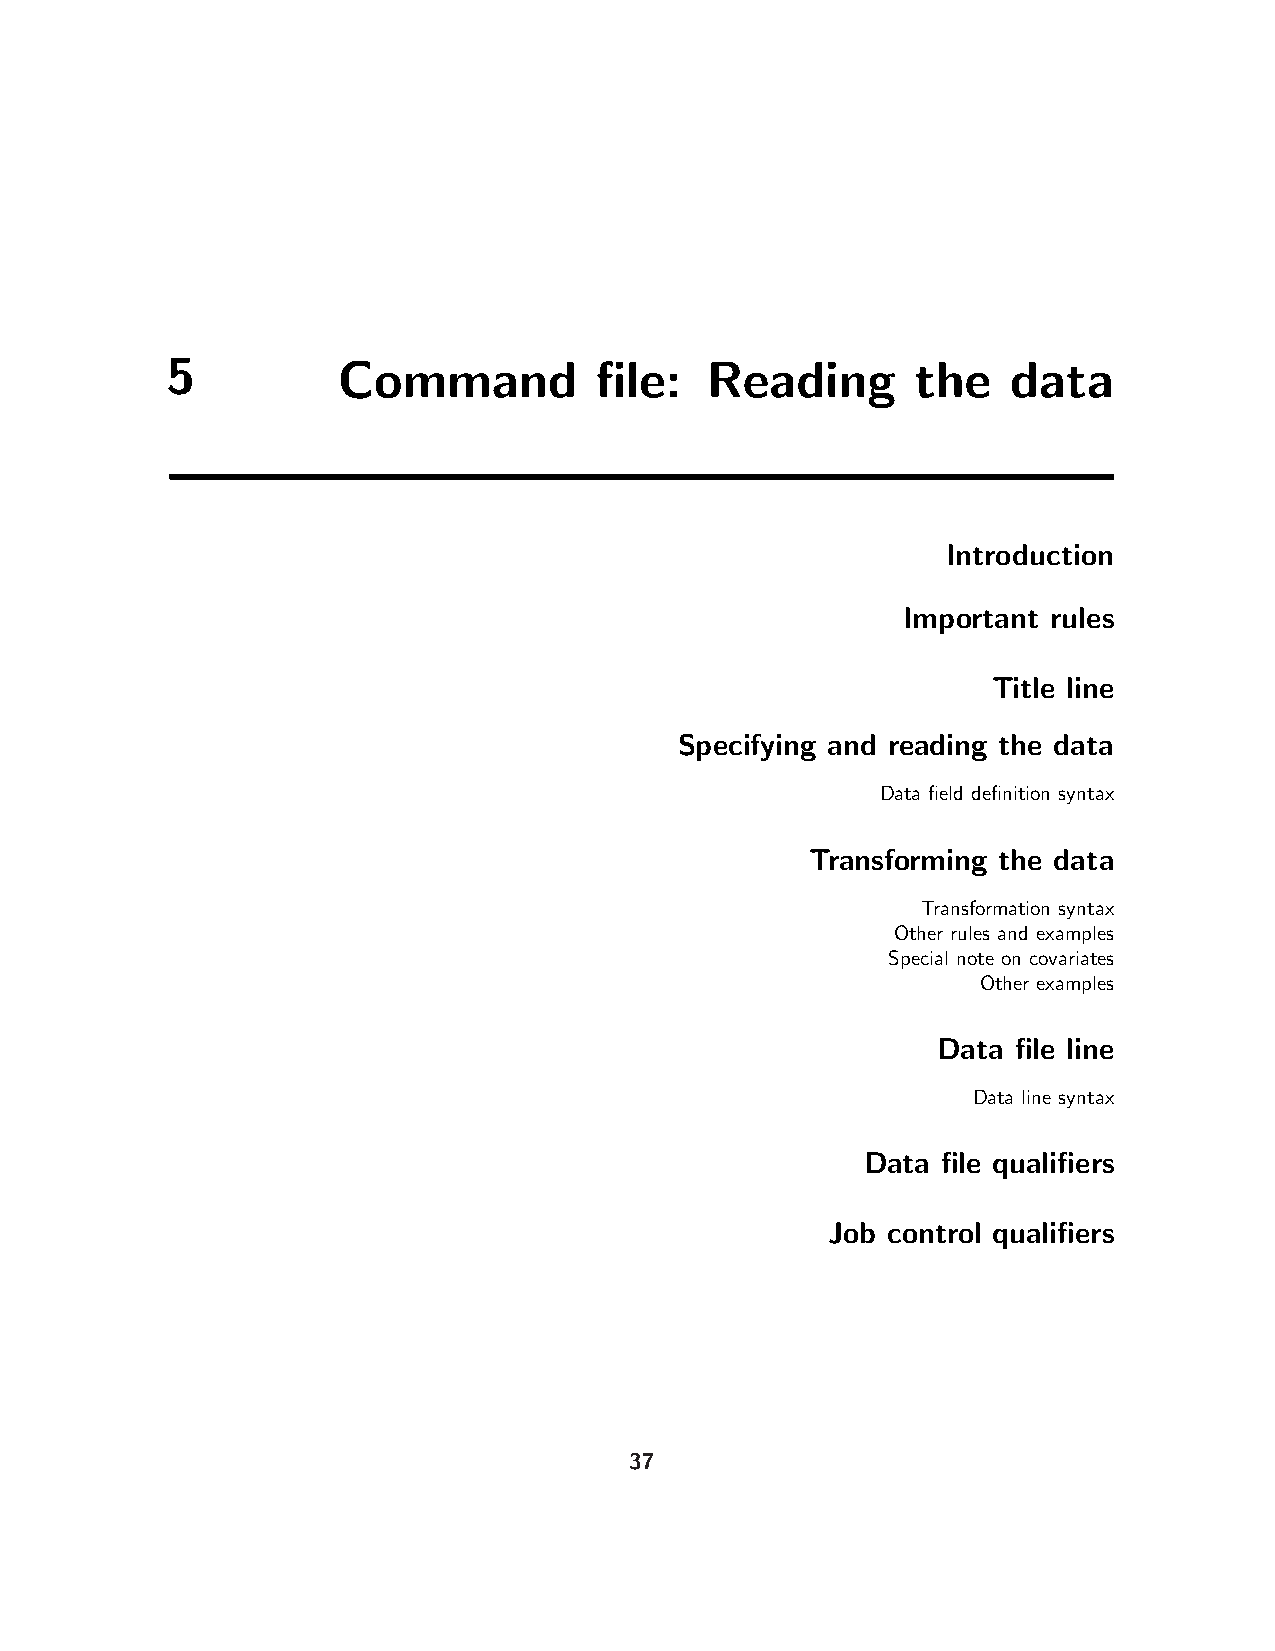
5          Command          file:   Reading       the   data
 Introduction
 Important rules
 Title line
 Specifying and reading the data
 Data field definition syntax
 Transforming the data
 Transformation syntax
 Other rules and examples
 Special note on covariates
 Other examples
 Data file line
 Data line syntax
 Data file qualifiers
 Job control qualifiers
 37